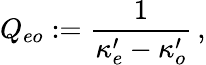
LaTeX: Q_{eo}:={\frac{1}{\kappa_{e}^{\prime}-\kappa_{o}^{\prime}}}\, ,